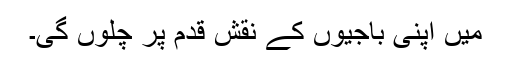
میں اپنی باجیوں کے نقشِ قدم پر چلوں گی۔